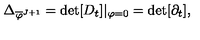
\Delta _ { \overline { { \varphi } } ^ { J + 1 } } = \det [ D _ { t } ] | _ { \varphi = 0 } = \det [ \partial _ { t } ] ,